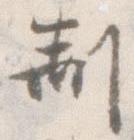
制